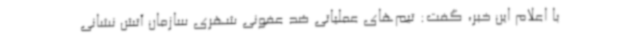
با اعلام این خبر، گفت: تیم‌های عملیاتی ضد عفونی شهری سازمان آتش نشانی